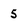
Character: 5